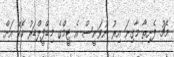
މެޗު ފެށިތާ މާގިނަ އިރު ނުވަނީސް އެ ޓީމްގެ މިޑްފީލްޑަރު ކޮކޭ އަށް